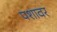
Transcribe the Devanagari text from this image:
पशावर